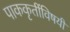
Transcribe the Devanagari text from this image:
पाककृतींविषयी